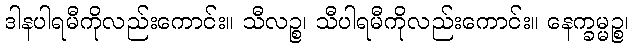
ဒါနပါရမီကိုလည်းကောင်း။ သီလဉ္စ၊ သီပါရမီကိုလည်းကောင်း။ နေက္ခမ္မဉ္စ၊